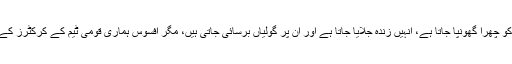
’’آسٹریلیا میں ہمارے لڑکوں کو چھرا گھونپا جاتا ہے، انہیں زندہ جلایا جاتا ہے اور ان پر گولیاں برسائی جاتی ہیں، مگر افسوس ہماری قومی ٹیم کے کرکٹرز کے ضمیر کی آواز خاموش ہے۔